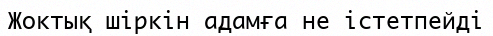
Жоктық шіркін адамға не істетпейді